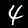
Digit: 4